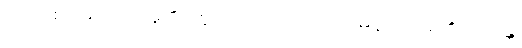
၁၉၂။ စင်မြင်တော်မူ၏။ ဣတိ၊ ဤသို့။ အာဟ၊ မိန့်တော်မူ၏။ ဘန္တေ၊